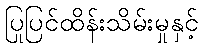
ပြုပြင်ထိန်းသိမ်းမှုနှင့်